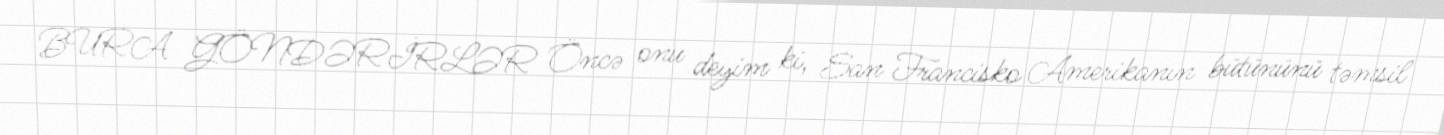
BURA GÖNDƏRİRLƏR Öncə onu deyim ki, San Francisko Amerikanın bütününü təmsil